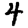
Digit: 4